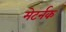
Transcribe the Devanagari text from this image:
मेटर्नक